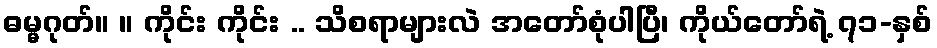
ဓမ္မဂုတ်။ ။ ကိုင်း ကိုင်း .. သိစရာများလဲ အတော်စုံပါပြီ၊ ကိုယ်တော်ရဲ့ ၇၁-နှစ်